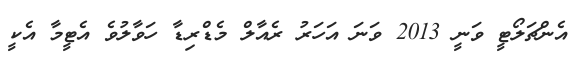
އެންޗަލޯޓީ ވަނީ 2013 ވަނަ އަހަރު ރެއާލް މެޑްރިޑާ ހަވާލުވެ އެޓީމާ އެކީ